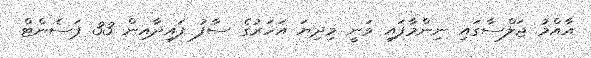
އާއްމު ޖަލްސާގައި ނިންމާފައި ވަނީ މިދިޔަ އަހަރުގެ ސާފު ފައިދާއިން 33 ޕަސެންޓް